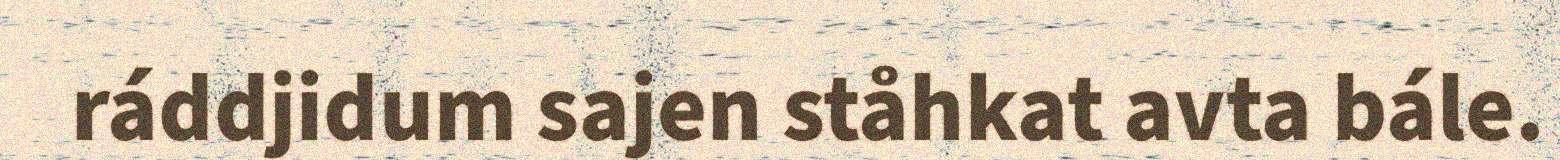
ráddjidum sajen ståhkat avta bále.